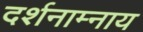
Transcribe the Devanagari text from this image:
दर्शनाम्नाय